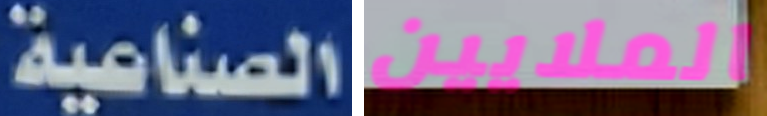
الصناعية الملايين